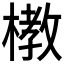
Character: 𪳞